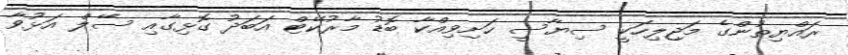
ރައްޔިތުންގެ މަޖިލިހަކީ ސިޔާސީ ހަށިވިއްކާ ބޮޑު މާރުކޭޓް އަބަދު ގޮޅިގާއި ސޭލް އަޅުވާ